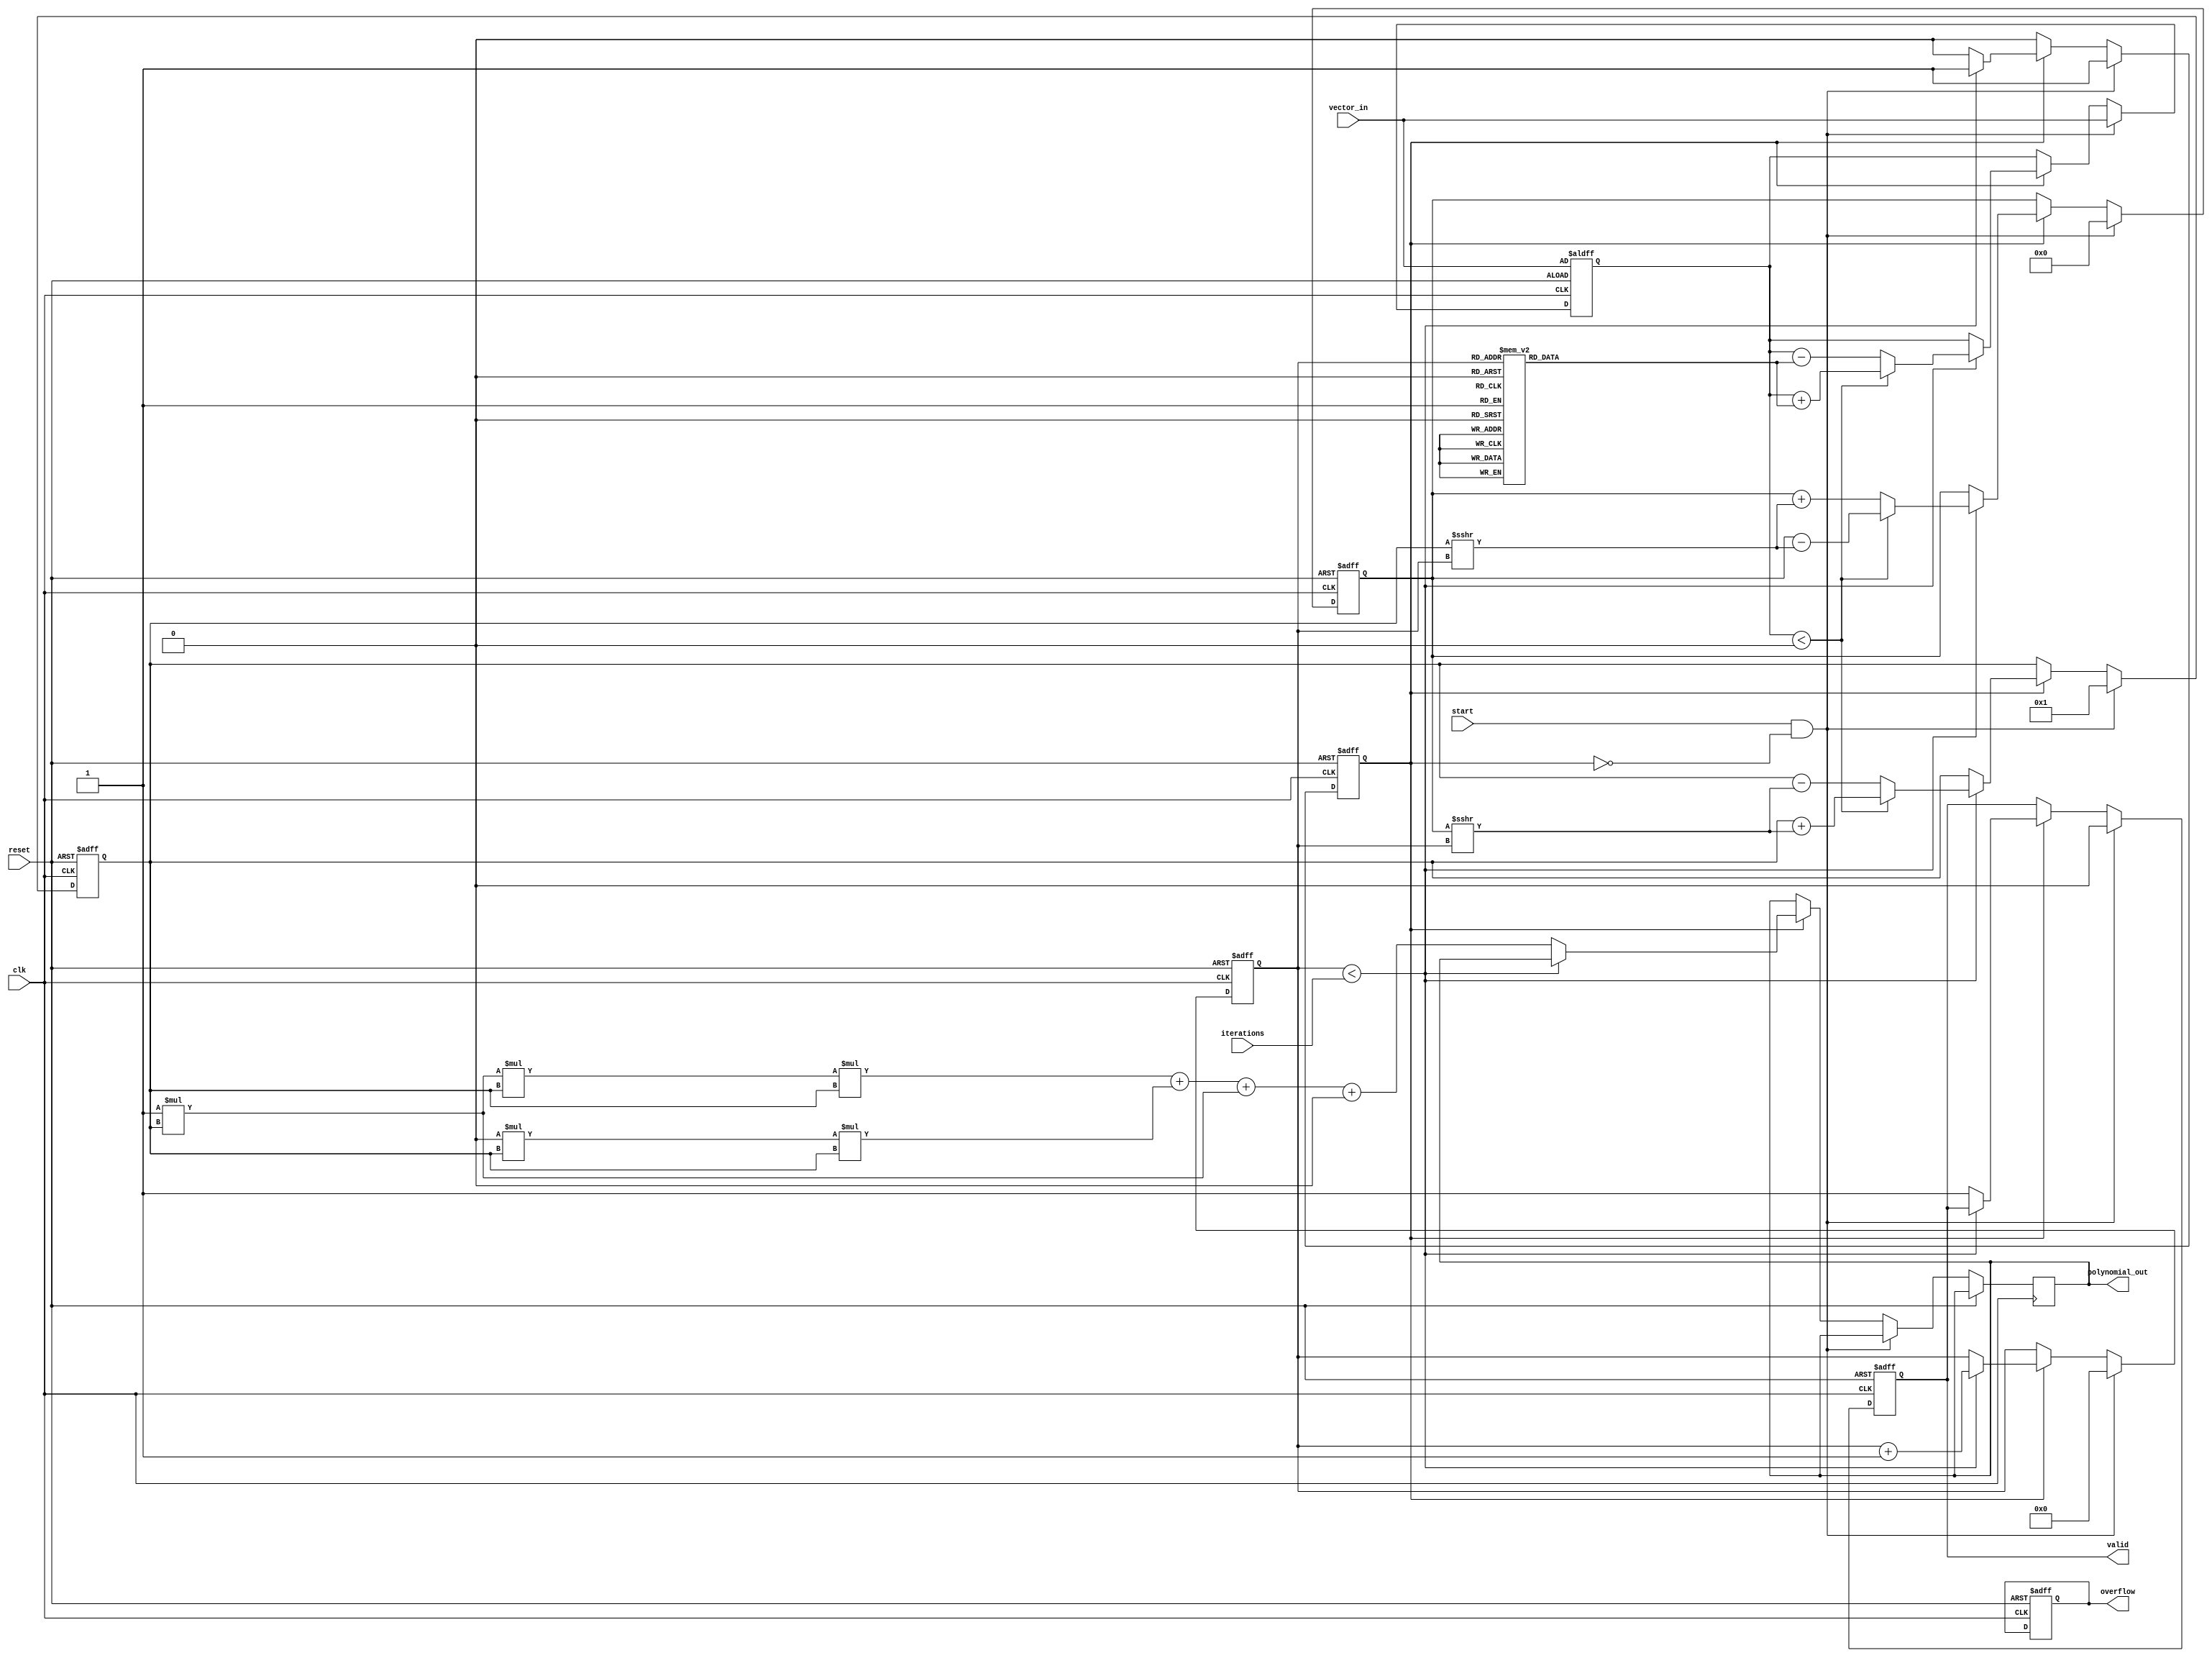
module CORDIC_Polynomial_Evaluator (
    input wire clk,                  // Clock signal
    input wire reset,                // Reset signal
    input wire start,                // Start signal for evaluation
    input wire [15:0] vector_in,     // Input vector (fixed-point representation)
    input wire [3:0] iterations,     // Number of iterations (precision control)
    output reg [31:0] polynomial_out, // Polynomial evaluation output
    output reg valid,                // Indicating valid output
    output reg overflow               // Overflow indication
);

    // CORDIC parameters
    parameter NUM_ITERATIONS = 16;  // Number of CORDIC iterations
    reg [15:0] angle_table [0:NUM_ITERATIONS-1];
    reg [31:0] scaling_factors [0:NUM_ITERATIONS-1];
   
    // Internal registers
    reg [15:0] x, y, z;              // CORDIC X, Y, Z registers
    reg [3:0] count;                 // Counting iterations
    reg computing;                   // Flag indicating CORDIC operation 
    
    // Polynomial coefficients (Example using a cubic polynomial: ax^3 + bx^2 + cx + d)
    parameter a = 32'h00000001;      // Coefficient a
    parameter b = 32'h00000000;      // Coefficient b
    parameter c = 32'h00000001;      // Coefficient c
    parameter d = 32'h00000000;      // Coefficient d

    // Initialize angle and scaling factor tables
    initial begin
        angle_table[0] = 16'h0000; // atan(0)
        angle_table[1] = 16'h2000; // atan(1/2)
        angle_table[2] = 16'h3000; // atan(1/4)
        angle_table[3] = 16'h4000; // atan(1/8)
        // Continue filling out values...
        
        // Similarly fill scaling_factors[]
    end

    // CORDIC computation
    always @(posedge clk or posedge reset) begin
        if (reset) begin
            x <= 16'h0001; // initial x
            y <= 16'h0000; // initial y
            z <= vector_in; // initial z
            count <= 0;
            computing <= 0;
            valid <= 0;
            overflow <= 0;
        end else if (start && !computing) begin
            count <= 0;
            x <= 16'h0001; // Load initial x
            y <= 16'h0000; // Load initial y
            z <= vector_in; // Load initial z
            computing <= 1;
            valid <= 0;
        end else if (computing) begin
            if (count < iterations) begin
                // CORDIC iteration logic
                if (z < 0) begin
                    x <= x + (y >>> count);
                    y <= y - (x >>> count);
                    z <= z + angle_table[count];
                end else begin
                    x <= x - (y >>> count);
                    y <= y + (x >>> count);
                    z <= z - angle_table[count];
                end
                count <= count + 1;
            end else begin
                computing <= 0;
                valid <= 1; // Set valid signal after computation
                // Calculate polynomial evaluation using Horner's method
                polynomial_out <= ((a * x * x * x) + (b * x * x) + (c * x) + d);
                // Check for overflow
                // (Add logic to check if polynomial_out exceeds allowed range)
            end
        end
    end

endmodule